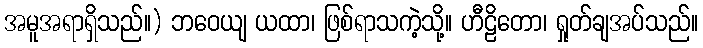
အမူအရာရှိသည်။) ဘဝေယျ ယထာ၊ ဖြစ်ရာသကဲ့သို့။ ဟီဠိတော၊ ရှုတ်ချအပ်သည်။